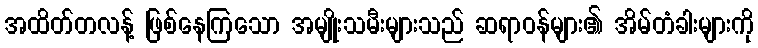
အထိတ်တလန့် ဖြစ်နေကြသော အမျိုးသမီးများသည် ဆရာဝန်များ၏ အိမ်တံခါးများကို